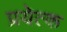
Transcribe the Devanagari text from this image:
प्रयेत्क